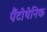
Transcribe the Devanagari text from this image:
पैंटोथेनिक